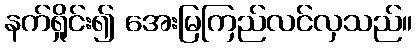
နက်ရှိုင်း၍ အေးမြကြည်လင်လှသည်။